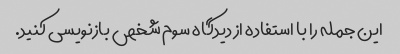
این جمله را با استفاده از دیدگاه سوم شخص بازنویسی کنید.